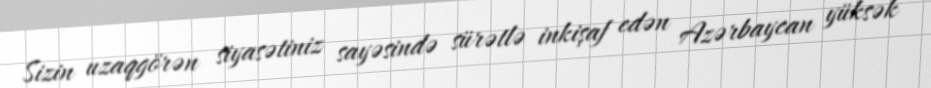
Sizin uzaqgörən siyasətiniz sayəsində sürətlə inkişaf edən Azərbaycan yüksək